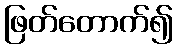
ဖြတ်တောက်၍